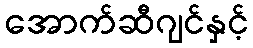
အောက်ဆီဂျင်နှင့်